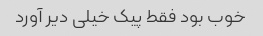
خوب بود فقط پیک خیلی دیر آورد